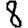
Digit: 8